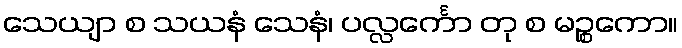
သေယျာ စ သယနံ သေနံ၊ ပလ္လင်္ကော တု စ မဉ္စကော။